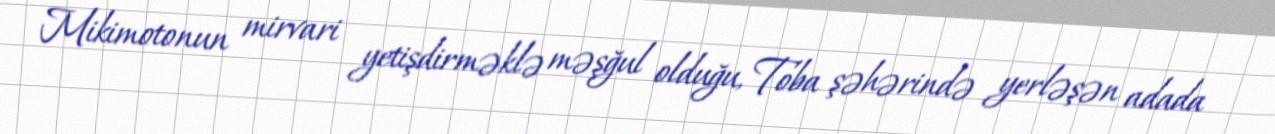
Mikimotonun mirvari yetişdirməklə məşğul olduğu, Toba şəhərində yerləşən adada